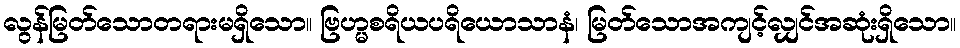
လွန်မြတ်သောတရားမရှိသော။ ဗြဟ္မစရိယပရိယောသာနံ၊ မြတ်သောအကျင့်လျှင်အဆုံးရှိသော။